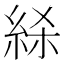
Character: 𰫢